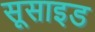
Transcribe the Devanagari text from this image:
सूसाइड